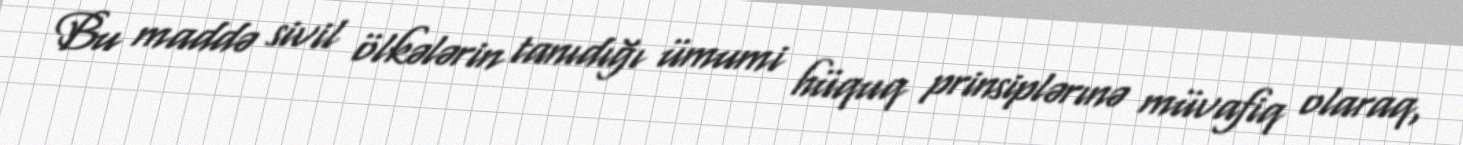
Bu maddə sivil ölkələrin tanıdığı ümumi hüquq prinsiplərınə müvafiq olaraq,